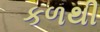
કળથી